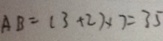
A B = ( 3 + 2 ) \times 7 = 3 5